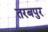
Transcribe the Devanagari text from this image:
तरबपुर